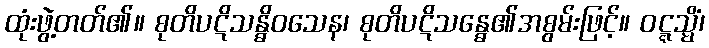
ထုံးဖွဲ့တတ်၏။ စုတိပဋိသန္ဓိဝသေန၊ စုတိပဋိသန္ဓေ၏အစွမ်းဖြင့်။ ဝဋ္ဋသ္မိံ၊